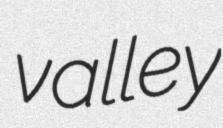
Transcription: valley